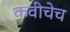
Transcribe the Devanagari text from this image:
कवीचेच